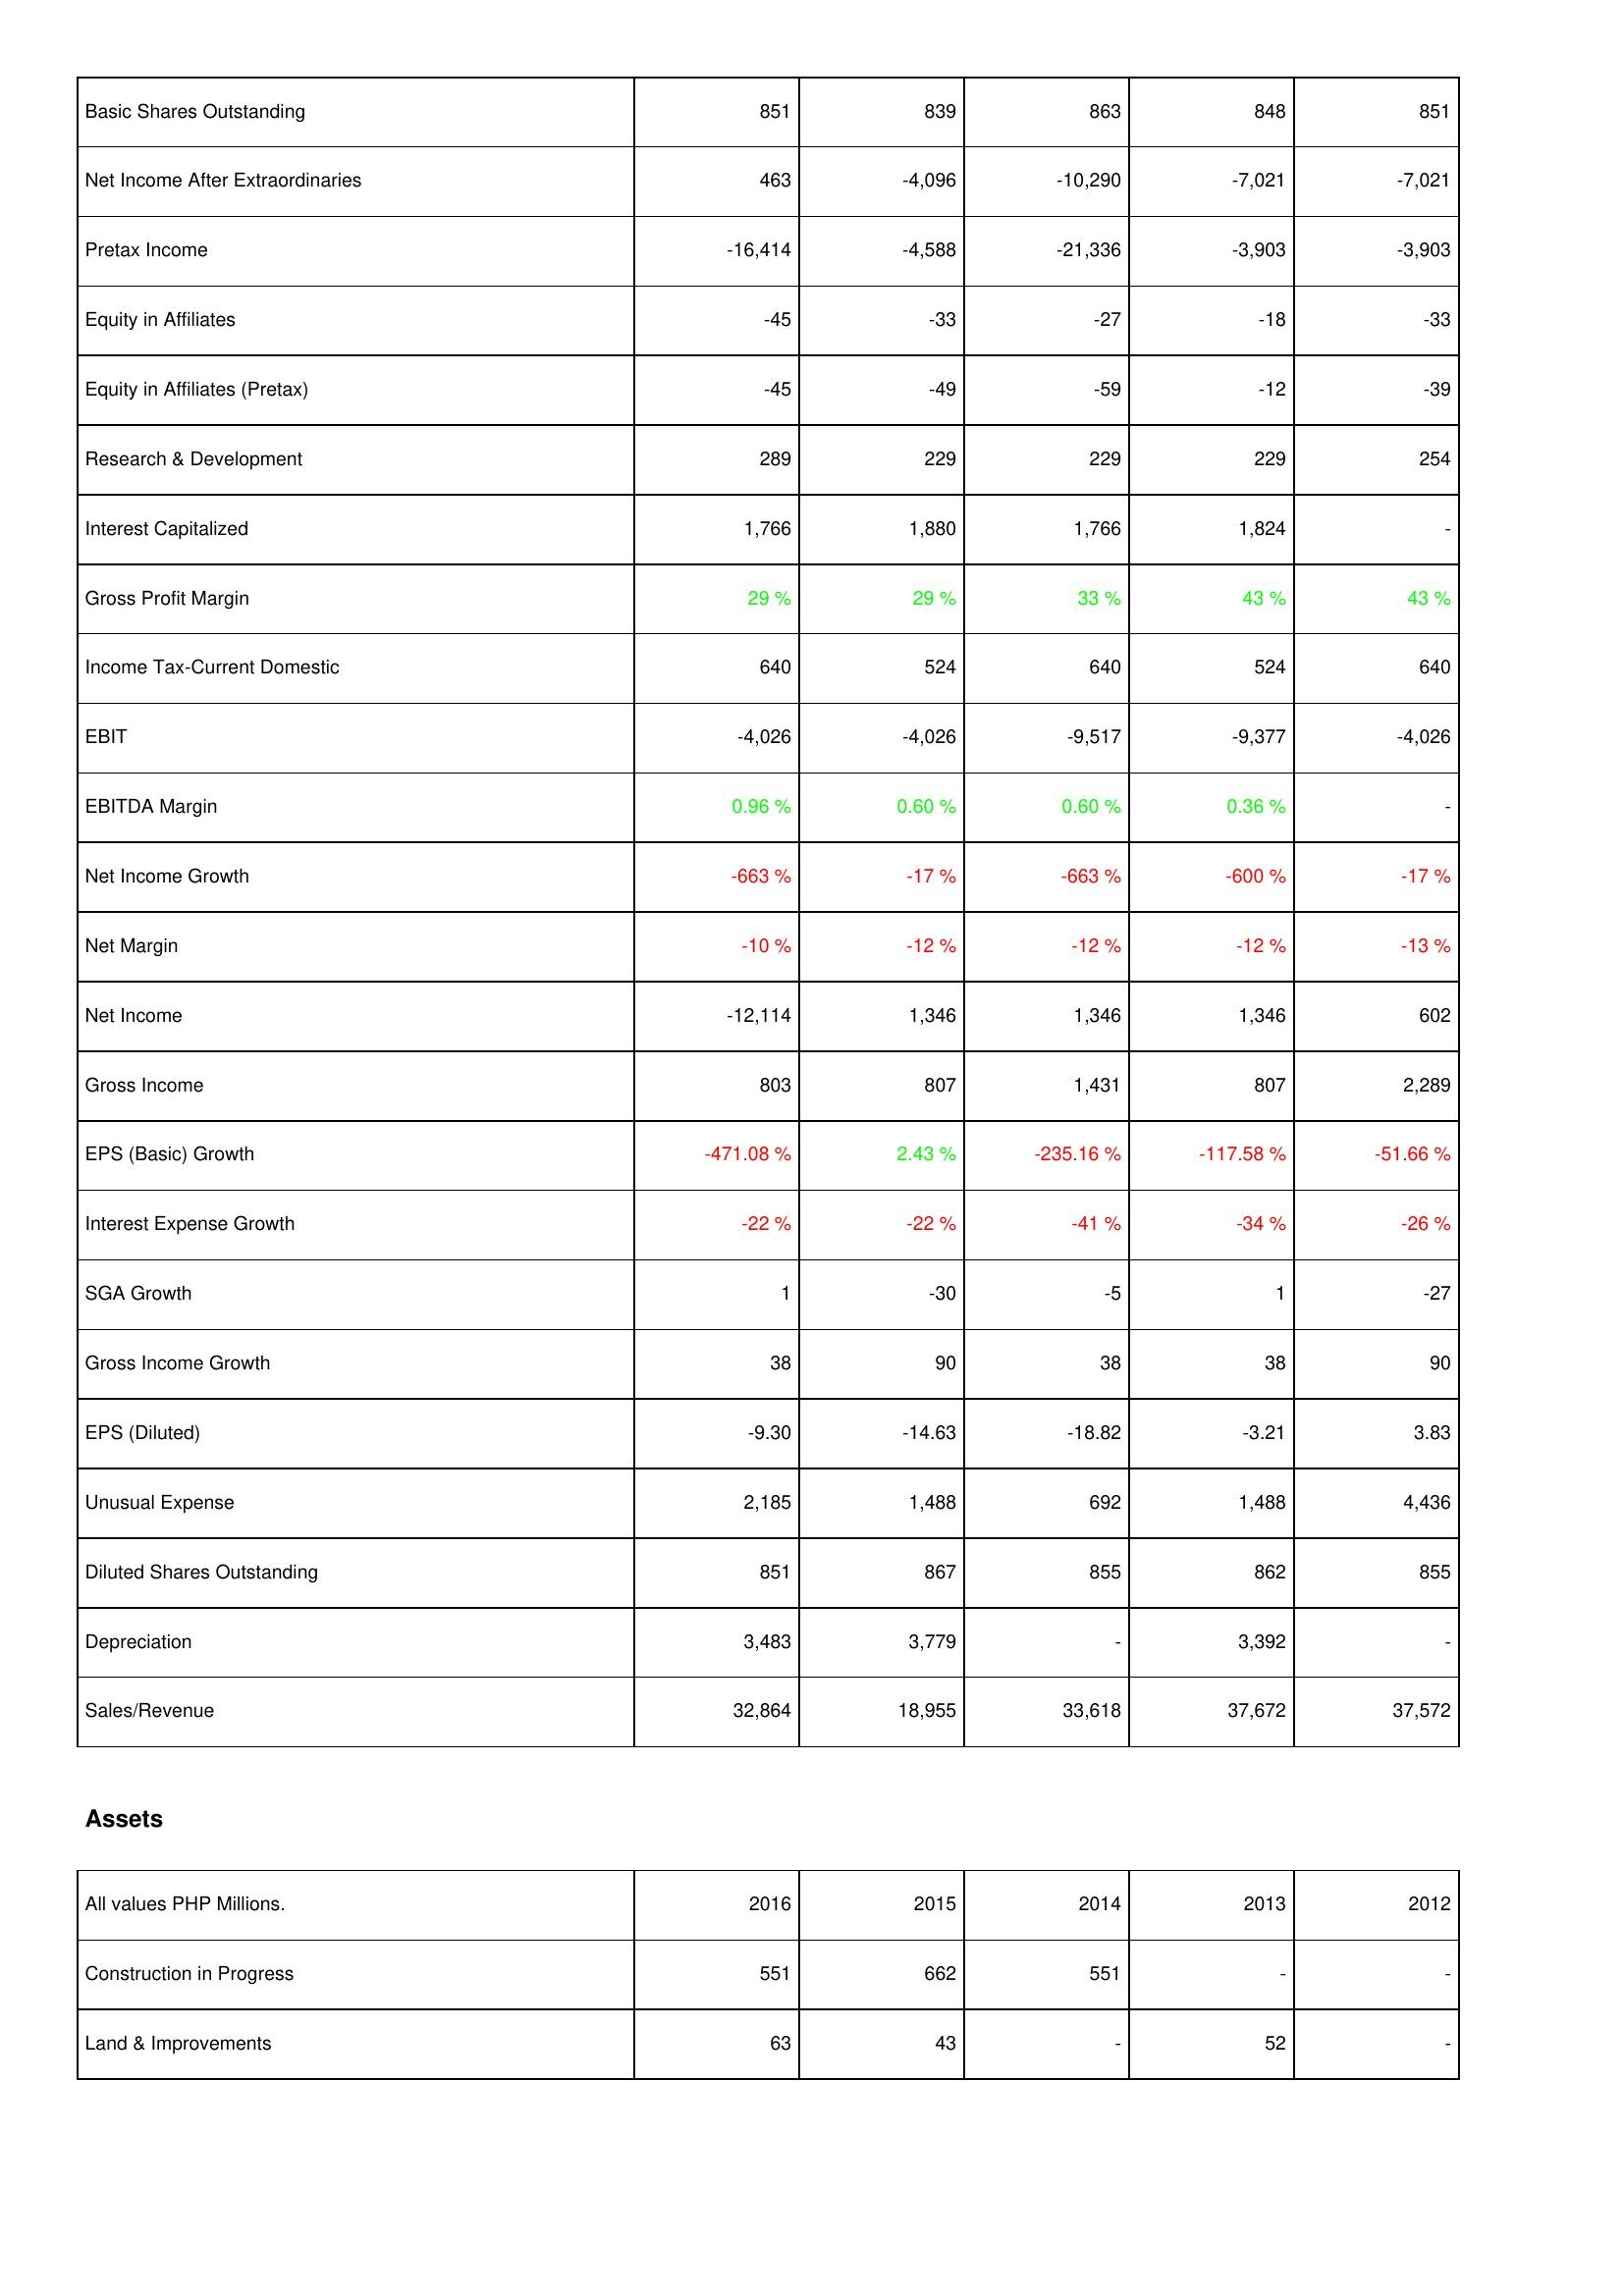
2016: Income Statement: Basic Shares Outstanding: 851
Net Income After Extraordinaries: 463
Pretax Income: -16,414
Equity in Affiliates: -45
Equity in Affiliates (Pretax): -45
Research & Development: 289
Interest Capitalized: 1,766
Gross Profit Margin: 29 %
Income Tax-Current Domestic: 640
EBIT: -4,026
EBITDA Margin: 0.96 %
Net Income Growth: -663 %
Net Margin: -10 %
Net Income: -12,114
Gross Income: 803
EPS (Basic) Growth: -471.08 %
Interest Expense Growth: -22 %
SGA Growth: 1
Gross Income Growth: 38
EPS (Diluted): -9.30
Unusual Expense: 2,185
Diluted Shares Outstanding: 851
Depreciation: 3,483
Sales/Revenue: 32,864
Assets: Construction in Progress: 551
Land & Improvements: 63
2015: Income Statement: Basic Shares Outstanding: 839
Net Income After Extraordinaries: -4,096
Pretax Income: -4,588
Equity in Affiliates: -33
Equity in Affiliates (Pretax): -49
Research & Development: 229
Interest Capitalized: 1,880
Gross Profit Margin: 29 %
Income Tax-Current Domestic: 524
EBIT: -4,026
EBITDA Margin: 0.60 %
Net Income Growth: -17 %
Net Margin: -12 %
Net Income: 1,346
Gross Income: 807
EPS (Basic) Growth: 2.43 %
Interest Expense Growth: -22 %
SGA Growth: -30
Gross Income Growth: 90
EPS (Diluted): -14.63
Unusual Expense: 1,488
Diluted Shares Outstanding: 867
Depreciation: 3,779
Sales/Revenue: 18,955
Assets: Construction in Progress: 662
Land & Improvements: 43
2014: Income Statement: Basic Shares Outstanding: 863
Net Income After Extraordinaries: -10,290
Pretax Income: -21,336
Equity in Affiliates: -27
Equity in Affiliates (Pretax): -59
Research & Development: 229
Interest Capitalized: 1,766
Gross Profit Margin: 33 %
Income Tax-Current Domestic: 640
EBIT: -9,517
EBITDA Margin: 0.60 %
Net Income Growth: -663 %
Net Margin: -12 %
Net Income: 1,346
Gross Income: 1,431
EPS (Basic) Growth: -235.16 %
Interest Expense Growth: -41 %
SGA Growth: -5
Gross Income Growth: 38
EPS (Diluted): -18.82
Unusual Expense: 692
Diluted Shares Outstanding: 855
Depreciation: -
Sales/Revenue: 33,618
Assets: Construction in Progress: 551
Land & Improvements: -
2013: Income Statement: Basic Shares Outstanding: 848
Net Income After Extraordinaries: -7,021
Pretax Income: -3,903
Equity in Affiliates: -18
Equity in Affiliates (Pretax): -12
Research & Development: 229
Interest Capitalized: 1,824
Gross Profit Margin: 43 %
Income Tax-Current Domestic: 524
EBIT: -9,377
EBITDA Margin: 0.36 %
Net Income Growth: -600 %
Net Margin: -12 %
Net Income: 1,346
Gross Income: 807
EPS (Basic) Growth: -117.58 %
Interest Expense Growth: -34 %
SGA Growth: 1
Gross Income Growth: 38
EPS (Diluted): -3.21
Unusual Expense: 1,488
Diluted Shares Outstanding: 862
Depreciation: 3,392
Sales/Revenue: 37,672
Assets: Construction in Progress: -
Land & Improvements: 52
2012: Income Statement: Basic Shares Outstanding: 851
Net Income After Extraordinaries: -7,021
Pretax Income: -3,903
Equity in Affiliates: -33
Equity in Affiliates (Pretax): -39
Research & Development: 254
Interest Capitalized: -
Gross Profit Margin: 43 %
Income Tax-Current Domestic: 640
EBIT: -4,026
EBITDA Margin: -
Net Income Growth: -17 %
Net Margin: -13 %
Net Income: 602
Gross Income: 2,289
EPS (Basic) Growth: -51.66 %
Interest Expense Growth: -26 %
SGA Growth: -27
Gross Income Growth: 90
EPS (Diluted): 3.83
Unusual Expense: 4,436
Diluted Shares Outstanding: 855
Depreciation: -
Sales/Revenue: 37,572
Assets: Construction in Progress: -
Land & Improvements: -